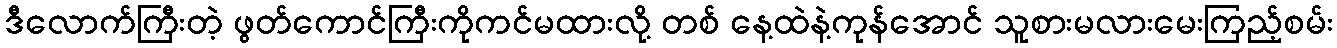
ဒီလောက်ကြီးတဲ့ ဖွတ်ကောင်ကြီးကိုကင်မထားလို့ တစ် နေ့ထဲနဲ့ကုန်အောင် သူစားမလားမေးကြည့်စမ်း